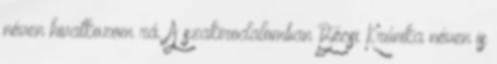
néven hivatkozom rá. A szakirodalomban Bécsi Krónika néven is